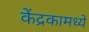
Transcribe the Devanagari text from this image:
केंद्रकामध्ये